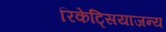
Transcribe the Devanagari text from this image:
रिकेट्सियाजन्य